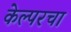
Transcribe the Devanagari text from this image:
केल्परचा